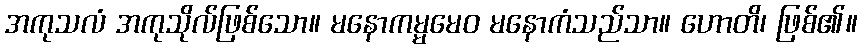
အကုသလံ အကုသိုလ်ဖြစ်သော။ မနောကမ္မမေဝ မနောကံသည်သာ။ ဟောတိ၊ ဖြစ်၏။